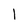
Character: l